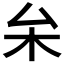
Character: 𠫡